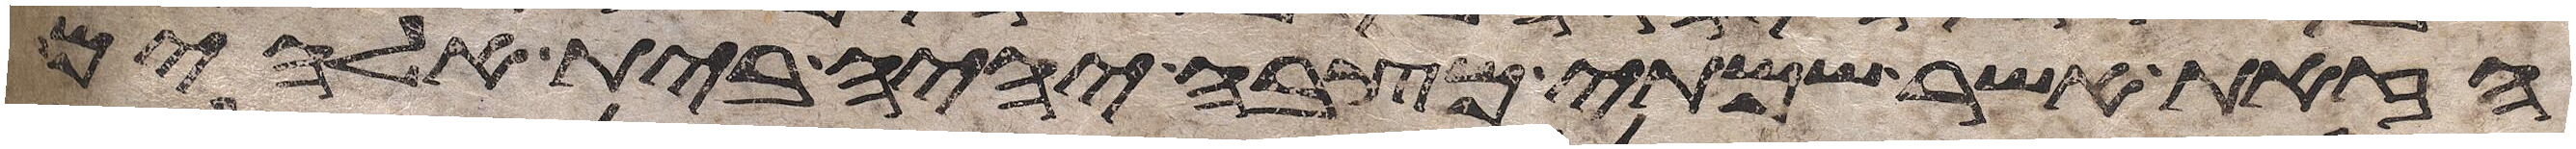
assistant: הזאת אשר שמתי מצבה יהיה בית אלהים